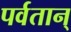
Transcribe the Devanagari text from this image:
पर्वतान्